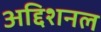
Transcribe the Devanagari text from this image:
अद्दिशनल